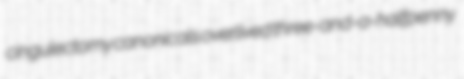
cingulectomy canonicals overlived three-and-a-halfpenny